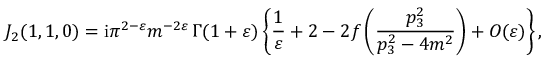
J _ { 2 } ( 1 , 1 , 0 ) = \mathrm { i } \pi ^ { 2 - \varepsilon } m ^ { - 2 \varepsilon } \, \Gamma ( 1 + \varepsilon ) \left\{ \frac { 1 } { \varepsilon } + 2 - 2 f \left( \frac { p _ { 3 } ^ { 2 } } { p _ { 3 } ^ { 2 } - 4 m ^ { 2 } } \right) + { \cal O } ( \varepsilon ) \right\} ,